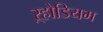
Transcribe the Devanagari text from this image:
ऱ्होडियम